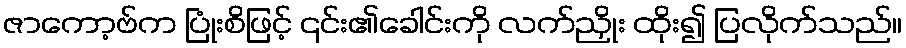
ဇာကော့ဗ်က ပြုံးစိဖြင့် ၎င်း၏ခေါင်းကို လက်ညှိုး ထိုး၍ ပြလိုက်သည်။